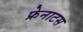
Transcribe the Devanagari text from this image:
फ्रेनाटस